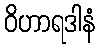
ဝိဟာရဒါနံ